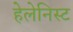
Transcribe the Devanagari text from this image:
हेलेनिस्ट